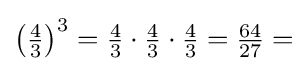
\left({\tfrac {4}{3}}\right)^{3}={\tfrac {4}{3}}\cdot {\tfrac {4}{3}}\cdot {\tfrac {4}{3}}={\tfrac {64}{27}}=